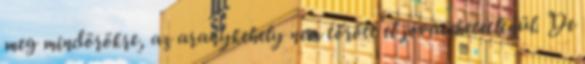
meg mindörökre, az aranykehely nem törött el jóvátehetetlenül. De